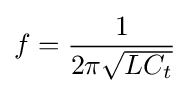
f={\frac {1}{2\pi {\sqrt {LC_{t}}}}}